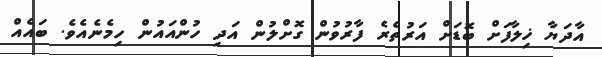
އާދަޔާ ޚިލާފަށް ބޮޑަށް އަރުތެރެ ފާރުވުން ގޮށްލުން އަދި ހުންއައުން ހިމެނެއެވެ. ބައެއް